Annual vaccination report of Bihar and Orissa - 1911-1928
Year: 1911
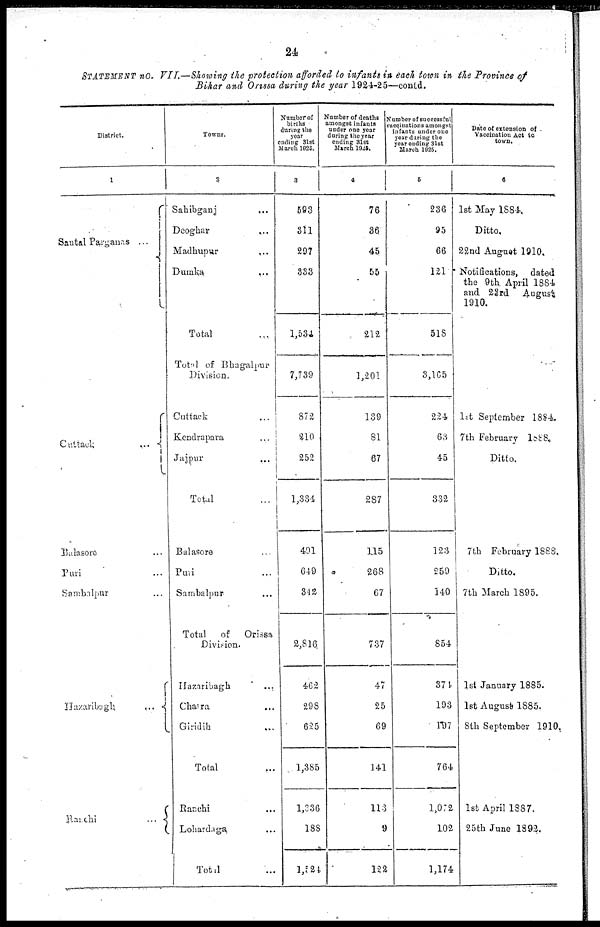
24
STATEMENT no. VII.—Showing the protection afforded to infants in each town in the Province of
Bihar and Orissa during the year 1924-25—contd.
District.
1
Santal Parganas ...
Cuttack
...
Balasore ...
Puri ...
Sambalpur ...
Hazaribugh
...
Ranchi
...
Towns.
2
Sahibganj ...
Deoghar
...
Madhmpur
...
Dumka
...
Total ...
Total of Bhagalpur
Division.
Cuttack ...
Kendrapara ...
Jajpur
...
Total ...
Balasore ...
Puri ...
Sambalpur
...
Total
of
Orissa
Division.
Hazaribagh
...
Chaira ...
Giridih
...
Total
...
Ranchi ...
Lohardaga ...
Total ...
Number of
births
during the
year
ending 31st
March 1925.
3
593
311
297
333
1,534
7,739
872
210
252
1,334
491
649
842
2,816
462
298
625
1,385
1,336
188
1,524
Number of deaths
amongst infants
under one year
during the year
ending 31st
March 1925.
4
76
36
45
55
212
1,201
139
81
67
287
115
268
67
737
47
25
69
141
113
9
122
Number of successful
vaccinations amongst
infants under one
year during the
year ending 31st
March 1926.
5
236
95
66
121
518
3,165
224
63
45
332
123
259
140
854
374
193
197
764
1,072
102
1,174
Date of extension of -
Vaccination Act to
town.
6
1st May 1884.
Ditto.
22 nd August 1910.
Notifications, dated
the 9th. April 1884
and 23rd
August
1910.
1st September 1884.
7th February 1888.
Ditto.
7th February 1888.
Ditto.
7th March 1895.
1st January 1885.
1st August 1885.
8th September 1910.
1st April 1887.
25th June 1892.